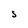
Character: S